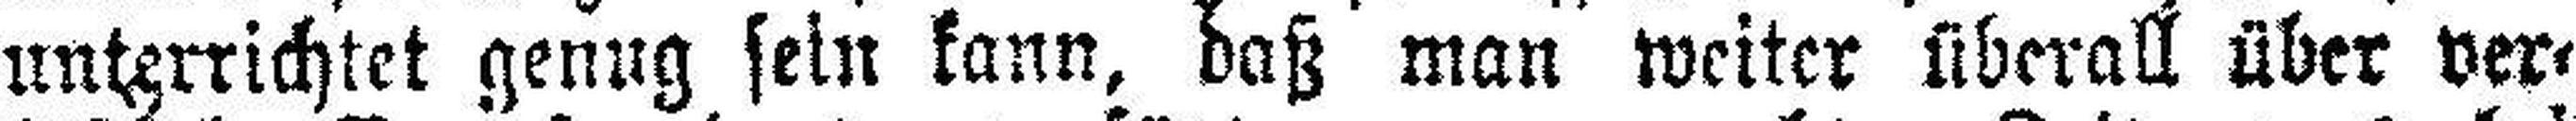
unterrichtet genug sein kann, daß man weiter überall über ver¬